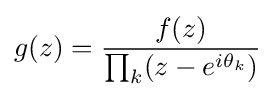
g(z)={\frac {f(z)}{\prod _{k}(z-e^{i\theta _{k}})}}